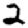
Digit: 2